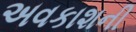
અવકાશની